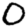
Digit: 0